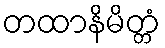
တထာနိမိတ္တံ